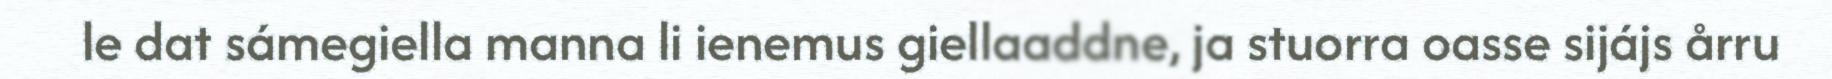
le dat sámegiella manna li ienemus giellaaddne, ja stuorra oasse sijájs årru